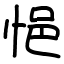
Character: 悒